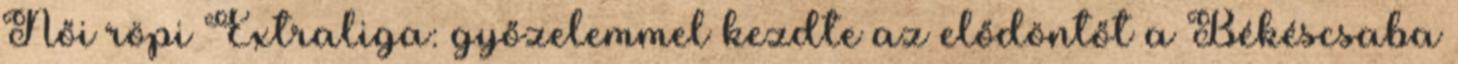
Női röpi Extraliga: győzelemmel kezdte az elődöntőt a Békéscsaba